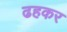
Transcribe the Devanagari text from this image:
ढहकर